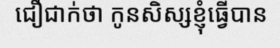
ជឿជាក់ថា កូនសិស្សខ្ញុំធ្វើបាន